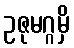
ဥဇုမဂ္ဂမှိ